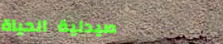
صيدلية الحياة